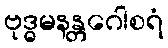
ဗုဒ္ဓမနန္တဂေါစရံ